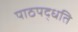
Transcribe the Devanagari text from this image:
पाठपद्धति